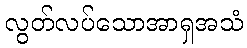
လွတ်လပ်သောအာရှအသံ